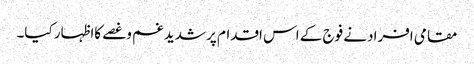
مقامی افرادنے فوج کے اس اقدام پر شدیدغم وغصے کااظہار کیا۔